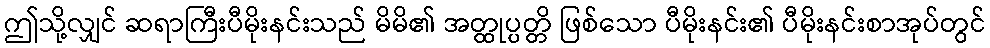
ဤသို့လျှင် ဆရာကြီးပီမိုးနင်းသည် မိမိ၏ အတ္ထုပ္ပတ္တိ ဖြစ်သော ပီမိုးနင်း၏ ပီမိုးနင်းစာအုပ်တွင်